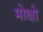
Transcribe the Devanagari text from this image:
मोक्षो